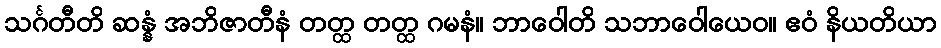
သင်္ဂတီတိ ဆန္နံ အဘိဇာတီနံ တတ္ထ တတ္ထ ဂမနံ။ ဘာဝေါတိ သဘာဝေါယေဝ။ ဧဝံ နိယတိယာ